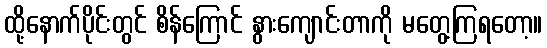
ထို့နောက်ပိုင်းတွင် စိန်ကြောင် နွားကျောင်းတာကို မတွေ့ကြရတော့။